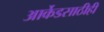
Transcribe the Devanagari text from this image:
आर्केडसाठीही